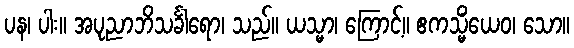
ပန၊ ပါး။ အပုညာဘိသင်္ခါရော၊ သည်။ ယသ္မာ၊ ကြောင့်။ ဧကသ္မိံယေဝ၊ သော။